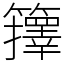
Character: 籜